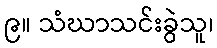
၉။ သံဃာသင်းခွဲသူ၊